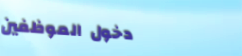
دخول الموظفين